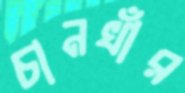
চানখাঁর